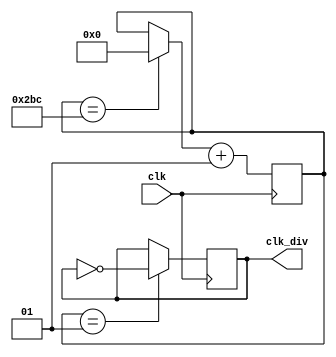
module clk_divide(
    clk_div,
    clk
);

input clk;
output clk_div;

integer state;
initial state = 1;

reg clk_div;
always @ (posedge clk)
begin
    if (state == 1) begin
        clk_div = ~clk_div;
    end

    if (state == 700) begin // FPS = 1 / FPS * 500000
        state = 0;
    end
    state = state + 1;
end

endmodule // clk_div